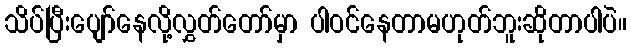
သိပ်ပြီးပျော်နေလို့လွှတ်တော်မှာ ပါဝင်နေတာမဟုတ်ဘူးဆိုတာပါပဲ။